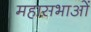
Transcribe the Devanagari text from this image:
महासभाओं